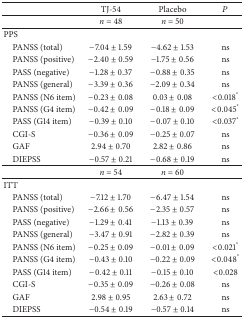
|  | TJ-54 | Placebo | P |
 | --- | --- | --- | --- |
 |  | n = 48 | n = 50 |  |
 | PPS |  |  |  |
 | PANSS (total) | −7.04 ± 1.59 | −4.62 ± 1.53 | ns |
 | PANSS (positive) | −2.40 ± 0.59 | −1.75 ± 0.56 | ns |
 | PASS (negative) | −1.28 ± 0.37 | −0.88 ± 0.35 | ns |
 | PANSS (general) | −3.39 ± 0.36 | −2.09 ± 0.34 | ns |
 | PANSS (N6 item) | −0.23 ± 0.08 | 0.03 ± 0.08 | <0.018* |
 | PANSS (G4 item) | −0.42 ± 0.09 | −0.18 ± 0.09 | <0.045* |
 | PASS (G14 item) | −0.39 ± 0.10 | −0.07 ± 0.10 | <0.037* |
 | CGI-S | −0.36 ± 0.09 | −0.25 ± 0.07 | ns |
 | GAF | 2.94 ± 0.70 | 2.82 ± 0.86 | ns |
 | DIEPSS | −0.57 ± 0.21 | −0.68 ± 0.19 | ns |
 |  | n = 54 | n = 60 |  |
 | ITT |  |  |  |
 | PANSS (total) | −7.12 ± 1.70 | −6.47 ± 1.54 | ns |
 | PANSS (positive) | −2.66 ± 0.56 | −2.35 ± 0.57 | ns |
 | PASS (negative) | −1.29 ± 0.41 | −1.13 ± 0.39 | ns |
 | PANSS (general) | −3.47 ± 0.91 | −2.82 ± 0.39 | ns |
 | PANSS (N6 item) | −0.25 ± 0.09 | −0.01 ± 0.09 | <0.021* |
 | PANSS (G4 item) | −0.43 ± 0.10 | −0.22 ± 0.09 | <0.048* |
 | PASS (G14 item) | −0.42 ± 0.11 | −0.15 ± 0.10 | <0.028 |
 | CGI-S | −0.35 ± 0.09 | −0.26 ± 0.08 | ns |
 | GAF | 2.98 ± 0.95 | 2.63 ± 0.72 | ns |
 | DIEPSS | −0.54 ± 0.19 | −0.57 ± 0.14 | ns |